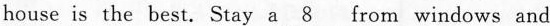
house is the best. Stay a___ from windows and